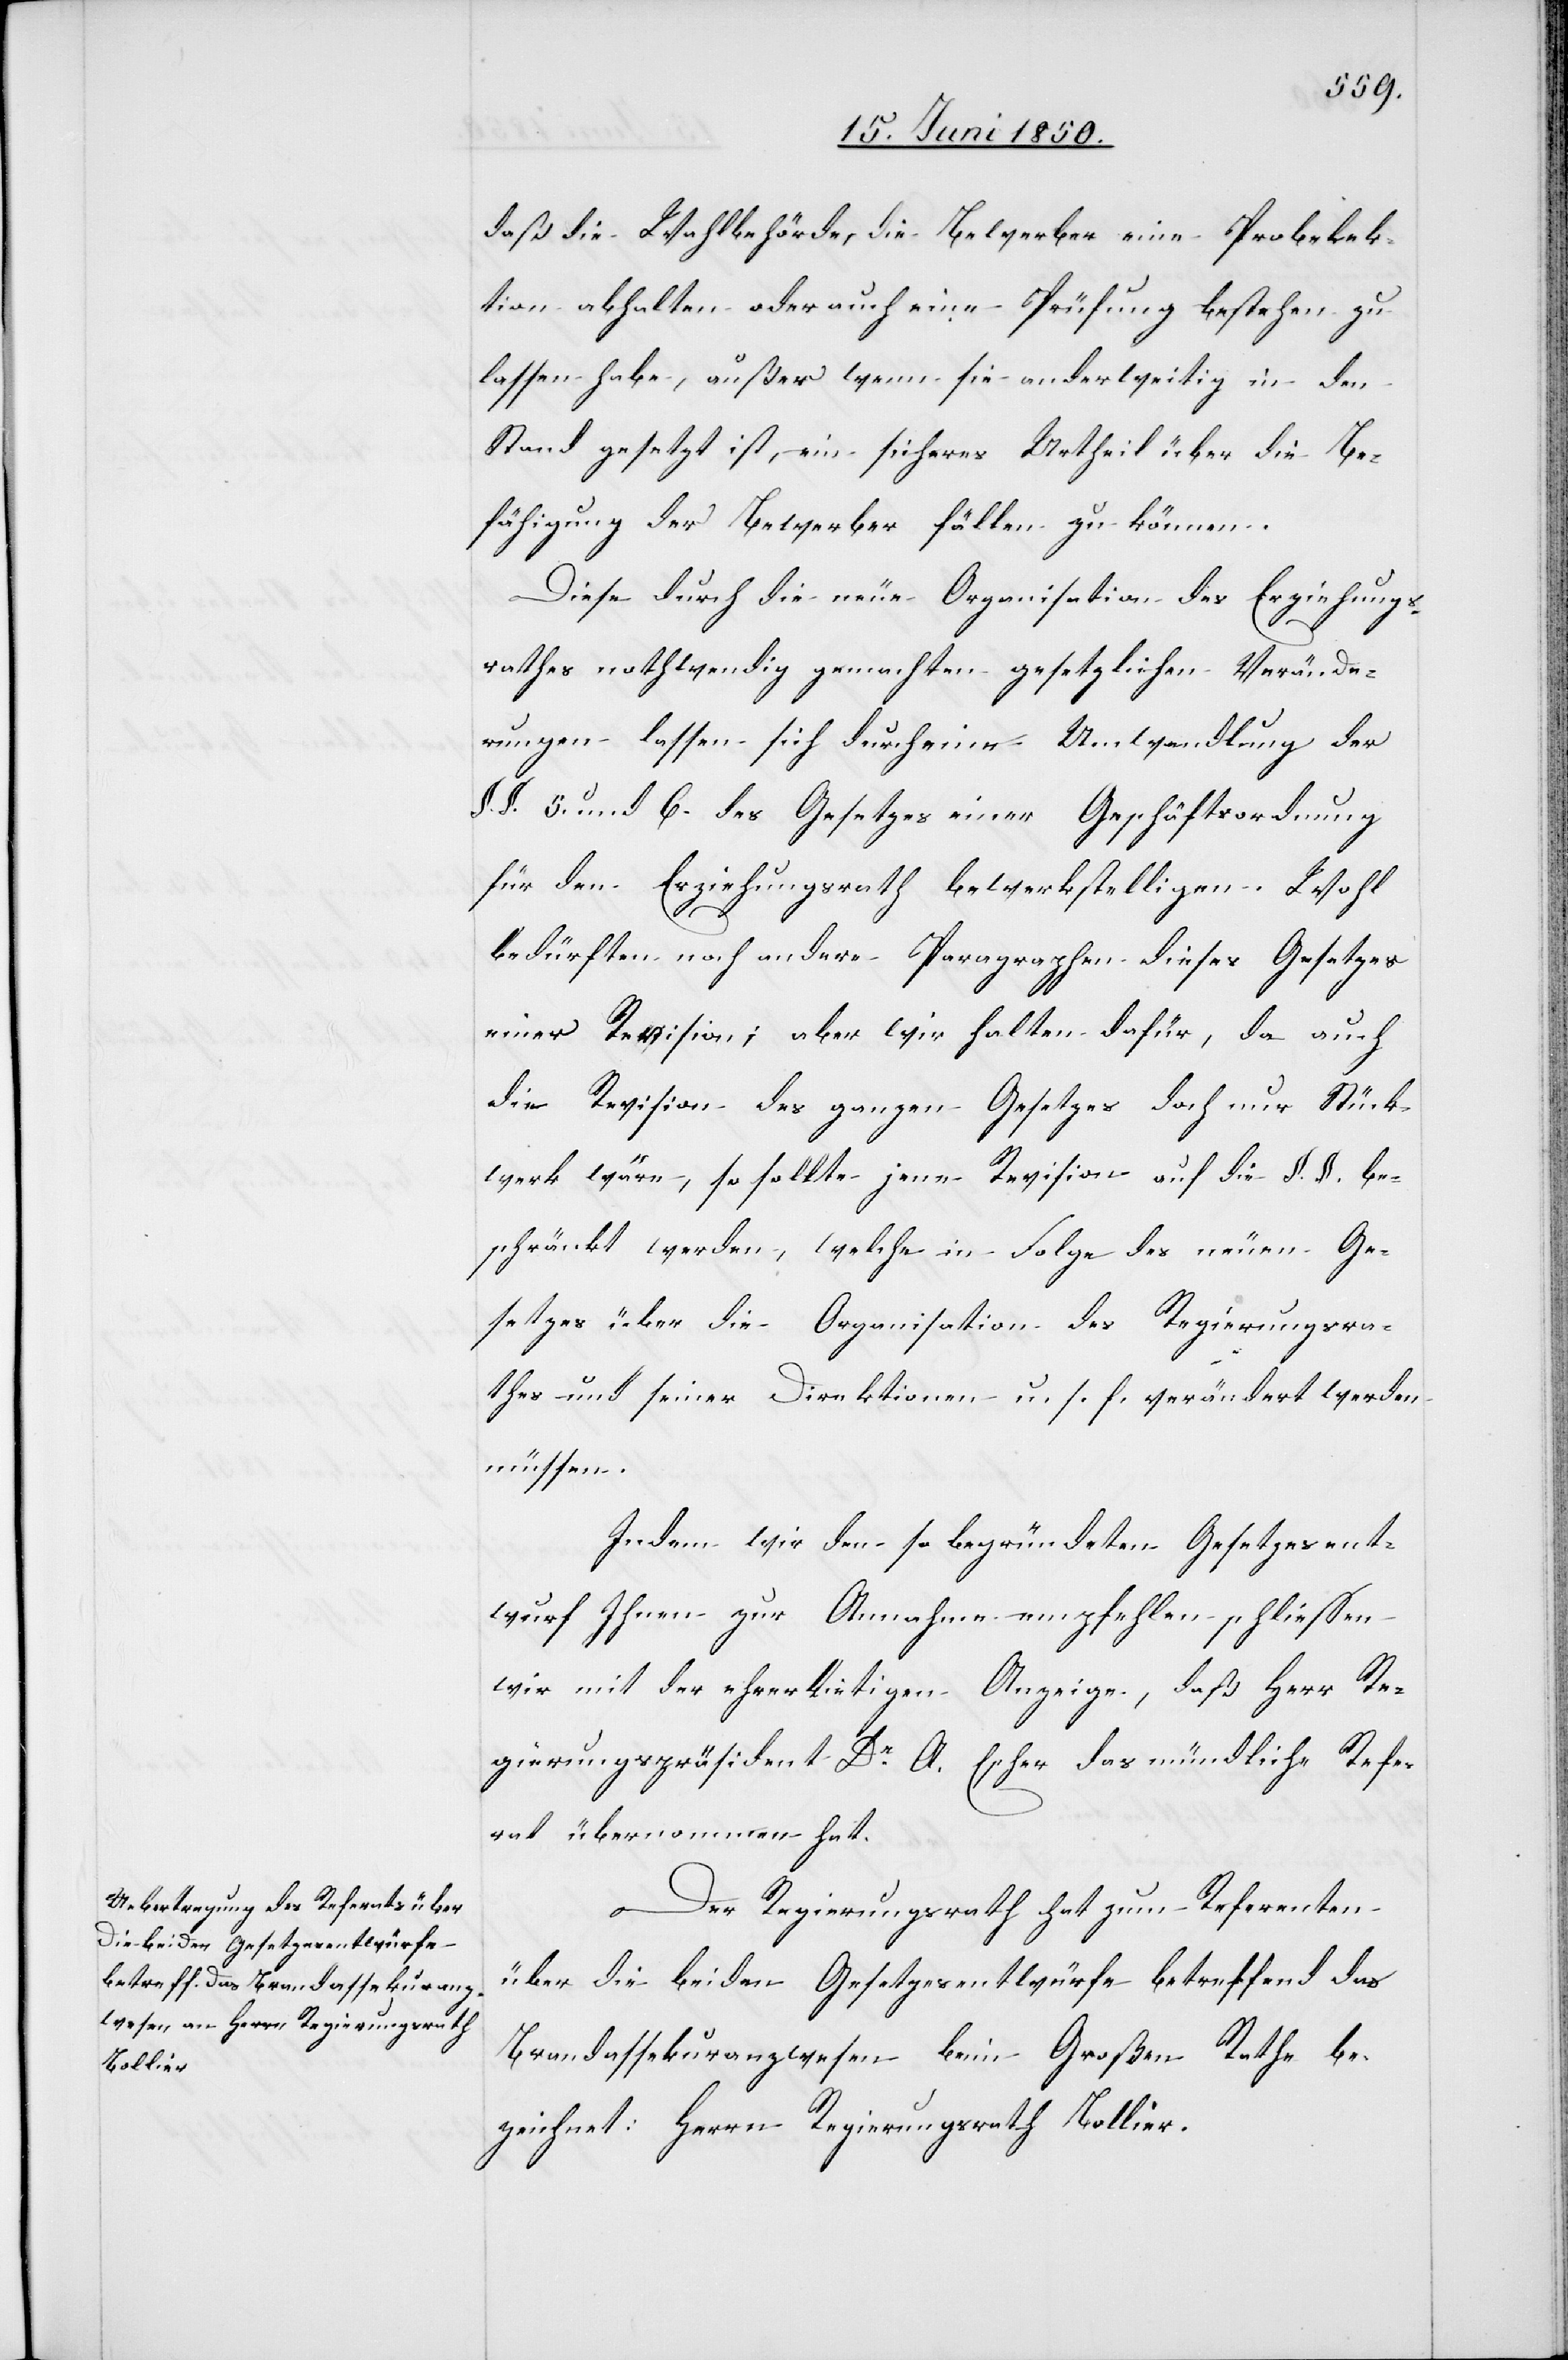
daß die Wahlbehörde, die Bewerber eine Probelek¬
tion abhalten oder auch eine Prüfung bestehen zu
lassen habe, außer wenn sie anderweitig in den
Stand gesetzt ist, ein sicheres Urtheil über die Be¬
fähigung der Bewerber fällen zu können.
Diese durch die neue Organisation des Erziehungs¬
rathes nothwendig gemachten gesetzlichen Verände¬
rungen lassen sich durch eine Umwandlung der
§. §. 5. und 6. des Gesetzes einer Geschäftsordnung
für den Erziehungsrath bewerkstelligen. Wohl
bedürften noch andere Paragraphen dieses Gesetzes
einer Revision; aber wir halten dafür, da auch
die Revision des ganzen Gesetzes doch nur Stück¬
werk wäre, so sollte jene Revision auf die §. §. be¬
schränkt werden, welche in Folge des neuen Ge¬
setzes über die Organisation des Regierungsra¬
thes und seiner Direktionen u. s. f. verändert werden
müssen.
Indem wir den so begründeten Gesetzesent¬
wurf Ihnen zur Annahme empfehlen schliessen
wir mit der ehrerbietigen Anzeige, daß Herr Re¬
gierungspräsident Dr A. Escher das mündliche Refe¬
rat übernommen hat.
Der Regierungsrath hat zum Referenten
über die beiden Gesetzesentwürfe betreffend das
Brandassekuranzwesen beim Großen Rathe be¬
zeichnet: Herrn Regierungsrath Bollier.